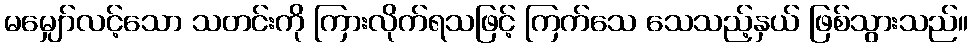
မမျှော်လင့်သော သတင်းကို ကြားလိုက်ရသဖြင့် ကြက်သေ သေသည့်နှယ် ဖြစ်သွားသည်။